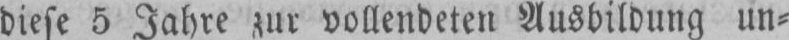
diese 5 Jahre zur vollendeten Ausbildung un⸗